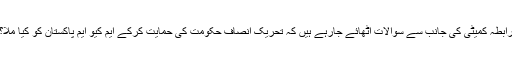
رابطہ کمیٹی کی جانب سے سوالات اٹھائے جارہے ہیں کہ تحریک انصاف حکومت کی حمایت کرکے ایم کیو ایم پاکستان کو کیا ملا؟